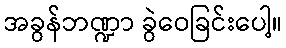
အခွန်ဘဏ္ဍာ ခွဲဝေခြင်းပေါ့။